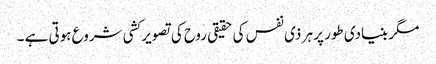
مگر بنیادی طور پر ہر ذی نفس کی حقیقی روح کی تصویر کشی شروع ہوتی ہے ۔